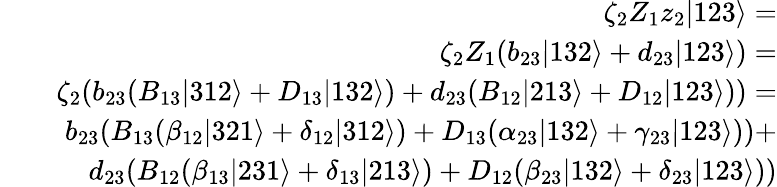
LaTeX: \begin{array}{rlr}&{}&{\zeta_{2}Z_{1}z_{2}|123\rangle=}\\ &{}&{\zeta_{2}Z_{1}(b_{23}|132\rangle+d_{23}|123\rangle)=}\\ &{}&{\zeta_{2}(b_{23}(B_{13}|312\rangle+D_{13}|132\rangle)+d_{23}(B_{12}|213\rangle+D_{12}|123\rangle))=}\\ &{}&{b_{23}(B_{13}(\beta_{12}|321\rangle+\delta_{12}|312\rangle)+D_{13}({\alpha_{23}|132\rangle+\gamma_{23}|123\rangle}))+}\\ &{}&{d_{23}(B_{12}(\beta_{13}|231\rangle+\delta_{13}|213\rangle)+D_{12}(\beta_{23}|132\rangle+\delta_{23}|123\rangle))}\end{array}